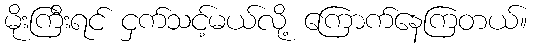
မိုးကြီးရင် ငှက်သင့်မယ်လို့ ကြောက်နေကြတယ်။